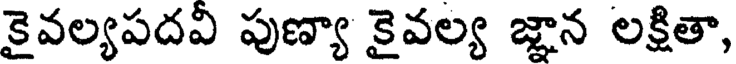
కైవల్యపదవీ పుణ్యా కైవల్య జ్ఞాన లక్షితా,